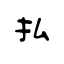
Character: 払